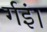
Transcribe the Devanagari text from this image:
र्गइं।